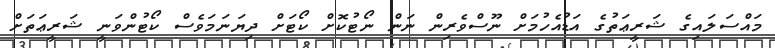
މައްސަލައިގެ ޝަރީޢަތުގެ އަޑުއެހުމަށް ނޫސްވެރިން ނަން ނޯޓުކޮށް ކޯޓަށް ދިޔަނަމަވެސް ކޯޓުންވަނީ ޝަރީޢަތަށް